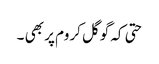
حتی کہ گوگل کروم پر بھی ۔